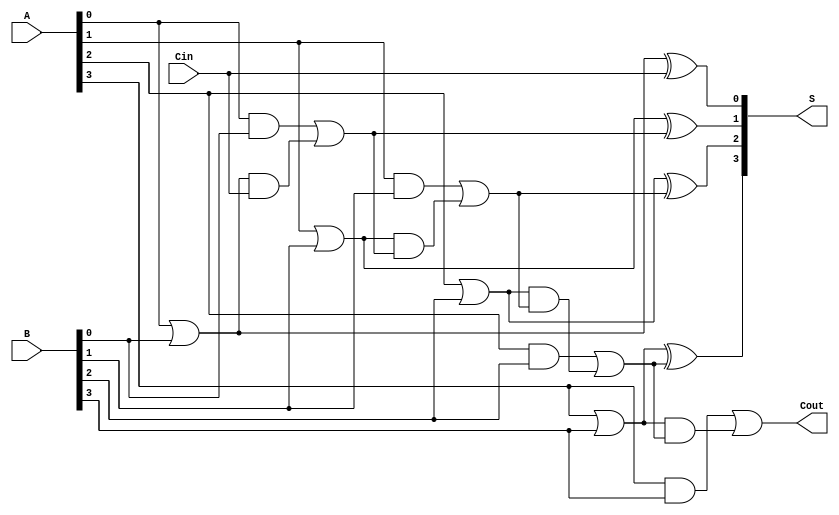
module CLA #(parameter N = 4) (
    input  [N-1:0] A,      // First n-bit input
    input  [N-1:0] B,      // Second n-bit input
    input          Cin,     // Carry-in
    output [N-1:0] S,      // n-bit sum output
    output         Cout      // Carry-out
);

    // Generate and Propagate signals
    wire [N-1:0] G; // Generate
    wire [N-1:0] P; // Propagate
    wire [N:0] C;   // Carry signals

    // Generate and Propagate logic
    genvar i;
    generate
        for (i = 0; i < N; i = i + 1) begin : gen_prop
            assign G[i] = A[i] & B[i]; // G_i = A_i * B_i
            assign P[i] = A[i] | B[i]; // P_i = A_i + B_i
        end
    endgenerate

    // Carry logic
    assign C[0] = Cin; // C_0 = Cin
    generate
        for (i = 0; i < N; i = i + 1) begin : carry_logic
            assign C[i + 1] = G[i] | (P[i] & C[i]); // C_{i+1} = G_i + P_i * C_i
        end
    endgenerate

    // Sum calculation
    generate
        for (i = 0; i < N; i = i + 1) begin : sum_logic
            assign S[i] = P[i] ^ C[i]; // S_i = P_i ^ C_i
        end
    endgenerate

    // Carry-out
    assign Cout = C[N]; // Cout = C_n

endmodule